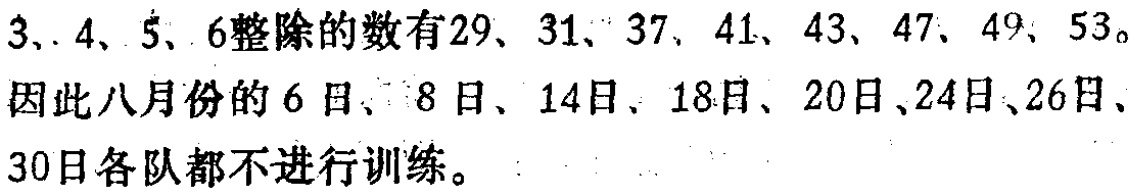
$3、4、5、6整除的数有29、31、37、41、43、47、49、53。$

因此八月份的$6$日、$8$日、$14$日、$18$日、$20$日、$24$日、$26$日、

$30$日各队都不进行训练。